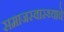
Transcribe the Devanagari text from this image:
समाजस्वास्थ्याचे